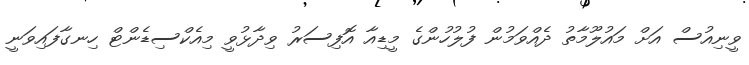
ވީނިއުސް އަށް މައުލޫމާތު ދެއްވަމުން ފުލުހުންގެ މީޑިއާ އޮފިސަރު ވިދާޅުވީ މިއެކްސިޑެންޓް ހިނގާފައިވަނީ